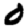
Digit: 0